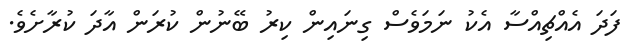
ފަދަ އެއްޗިއްސާ އެކު ނަމަވެސް ގިނައިން ކިރު ބޭނުން ކުރަން އާދަ ކުރާށެވެ.